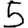
Digit: 5